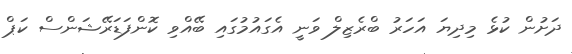
ދަށުން ކުޅެ މިދިޔަ އަހަރު ބްރެޒިލް ވަނީ އެގައުމުގައި ބޭއްވި ކޮންފަޑަރޭޝަންސް ކަޕް